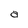
Character: a